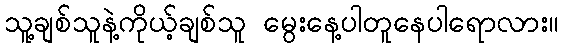
သူ့ချစ်သူနဲ့ကိုယ့်ချစ်သူ မွေးနေ့ပါတူနေပါရောလား။